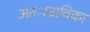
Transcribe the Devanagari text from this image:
अंतःस्त्राविका